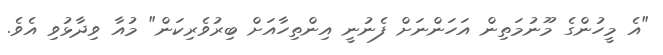
"އެ މީހުންގެ މޫނުމަތިން އަހަންނަށް ފެނުނީ އިންތިހާއަށް ބިރުވެރިކަން" މުއާ ވިދާޅުވި އެވެ.